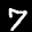
Label: 7